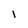
Character: i